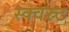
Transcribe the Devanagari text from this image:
स्क्वस्र्ट